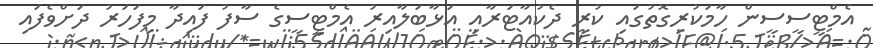
އެމްޓީސީސީން ހާމަކުރިގޮތުގައި ކުރީ ދެކުއާޓަރާއި އަޅާބަލާއިރު އެމްޓީސީގެ ސާފު ފައިދާ މިފަހަރު ދަށްވެފައި